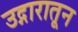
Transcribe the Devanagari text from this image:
उद्गारातून